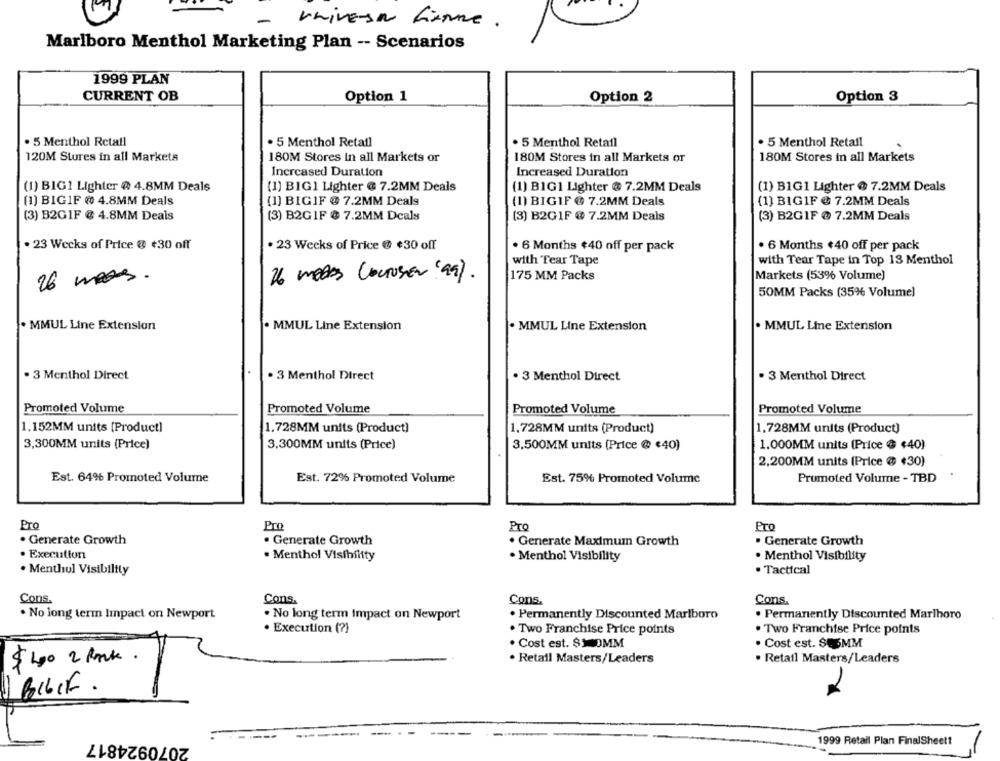
universe fiamme.
Marlboro Menthol Marketing Plan -- Scenarios
1999 PLAN
CURRENT OB
Option 1
Option 2
Option 3
. 5 Menthol Retail
. 5 Menthol Retail
. 5 Menthol Retail
. 5 Menthol Retail
120M Stures in all Markets
180M Stores In all Markets or
180M Stores in all Markets or
180M Stores in all Markets
Increased Duration
Increased Duration
(1) BIG1 Lighter @ 4.8MM Deals
(1) BIG1 Lighter @ 7.2MM Deals
(1) B1G1 Lighter @ 7.2MM Deals
(1) B1G1 Lighter @ 7.2MM Deals
(1) BIGIF @ 4.8MM Deals
(1) BIGIF @ 7.2MM Deals
(1) BIGIF @ 7.2MM Deals
(1) BIG1F @ 7.2MM Deals
(3) B2GIF @ 4.8MM Deals
(3) B2GIF @ 7.2MM Deals
(3) B2G1F @ 7.2MM Deals
(3) B2G1F @ 7.2MM Deals
. 23 Weeks of Price @ +30 off
. 23 Weeks of Price @ ¢30 off
6 Months $40 off per pack
. 6 Months $40 off per pack
with Tear Tape
with Tear Tape in Top 13 Menthol
26 meses.
26 medes Locroser 99).
175 MM Packs
Markets (53% Volume)
50MM Packs (35% Volume)
. MMUL Line Extension
. MMUL Line Extension
. MMUL Line Extension
. MMUL Line Extension
· 3 Menthol Direct
· 3 Menthol Direct
. 3 Menthol Direct
. 3 Menthol Direct
Promoted Volume
Promoted Volume
Promoted Volume
Promoted Volume
1.152MM units [Product]
1.728MM units (Product)
1.728MM units (Product)
1.728MM units (Product)
3,300MM units (Price)
3,300MM units (Price)
3.500MM units (Price @ €40)
1.000MM units (Price @ $40)
2,200MM units (Price @ $30)
Est. 64% Promoted Volume
Est. 72% Promoted Volume
Est. 75% Promoted Volume
Promoted Volume - TBD
Pro
Pro
Pro
. Generate Growth
· Generate Growth
. Generate Growth
. Generate Maximum Growth
. Execution
· Menthol Visibility
· Menthol Visibility
· Menthol Visibility
. Tactical
. Menthul Visibility
Cons.
Cons.
Cons.
Cons.
. No long term Impact on Newport
. No long term Impact on Newport
. Permanently Discounted Marlboro
. Permanently Discounted Marlboro
· Execution (?)
. Two Franchise Price points
. Two Franchise Price points
. Cost est. $1 0MM
. Cost est. $E5MM
$ 400 2 Pmk.
. Retail Masters/Leaders
· Retail Masters/Leaders
BILLE .
--------
2070924817
-----
1999 Retail Plan FinalSheett